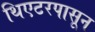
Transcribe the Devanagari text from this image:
थिएटरपासून